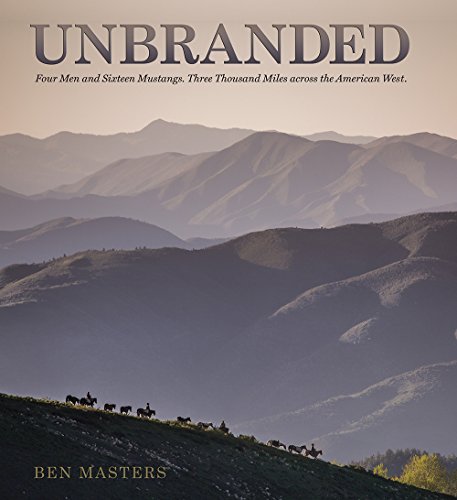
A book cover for Unbranded; Ben Masters; Arts & Photography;